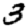
Digit: 3